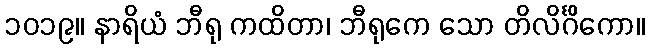
၁၀၁၉။ နာရိယံ ဘီရု ကထိတာ၊ ဘီရုကေ သော တိလိင်္ဂိကော။